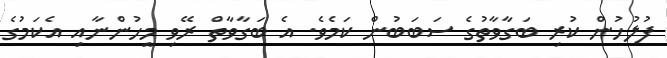
ފުލުހުން ކުރި ބަގާވާތުގެ ސަބަބުން ކަމެވެެ. އެ ބަގާވާތް ރޭވި މީހުންނާއި އެކަމުގެ